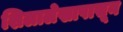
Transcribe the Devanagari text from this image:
शिलालेखापासून